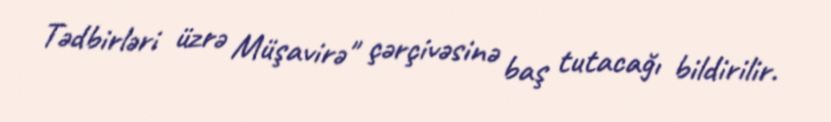
Tədbirləri üzrə Müşavirə" çərçivəsinə baş tutacağı bildirilir.